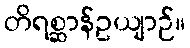
တိရစ္ဆာန်ဥယျာဉ်။